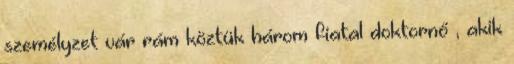
személyzet vár rám köztük három fiatal doktornő , akik